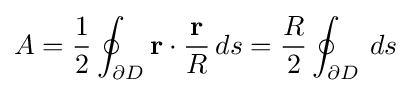
A={\frac {1}{2}}\oint _{\partial D}\mathbf {r} \cdot {\frac {\mathbf {r} }{R}}\,ds={\frac {R}{2}}\oint _{\partial D}\,ds